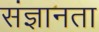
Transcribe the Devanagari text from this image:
संज्ञानता